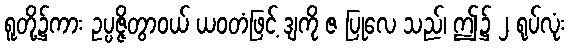
ရူတို့၌ကား ဥပ္ပဇ္ဇိတွာဝယ် ယဝတံဖြင့် ဒျကို ဇ ပြုလေ သည်၊ ဤ၌ ၂ ရုပ်လုံး